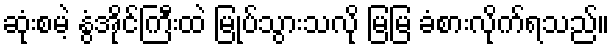
ဆုံးစမဲ့ နွံအိုင်ကြီးထဲ မြုပ်သွားသလို မြမြ ခံစားလိုက်ရသည်။